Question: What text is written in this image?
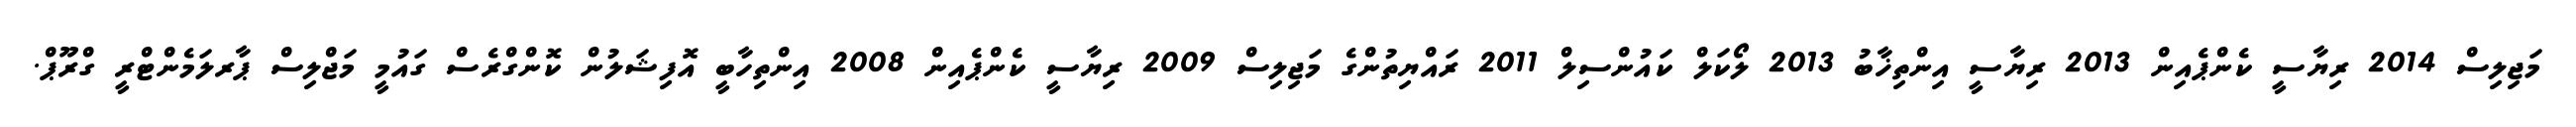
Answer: މަޖިލިސް 2014 ރިޔާސީ ކެންޕެއިން 2013 ރިޔާސީ އިންތިޚާބު 2013 ލޯކަލް ކައުންސިލް 2011 ރައްޔިތުންގެ މަޖިލިސް 2009 ރިޔާސީ ކެންޕެއިން 2008 އިންތިހާބީ އޮފިޝަލުން ކޮންގްރެސް ގައުމީ މަޖްލިސް ޕާރލަމެންޓްރީ ގްރޫޕް.